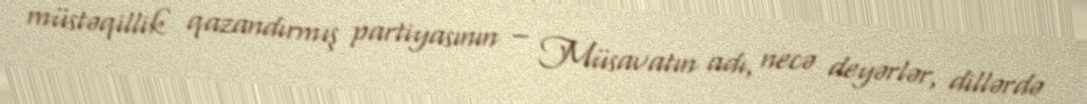
müstəqillik qazandırmış partiyasının – Müsavatın adı, necə deyərlər, dillərdə